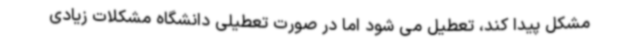
مشکل پیدا کند، تعطیل می شود اما در صورت تعطیلی دانشگاه مشکلات زیادی